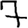
Digit: 7